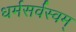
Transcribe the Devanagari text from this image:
धर्मसर्वस्वम्